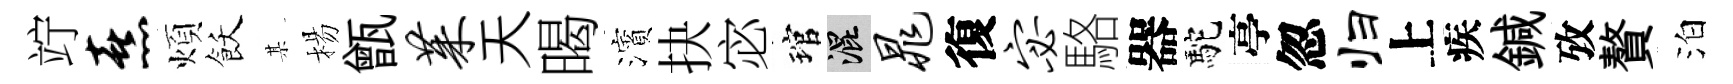
竚熹煩飫某楊甑茱天暍濱抉宓琯混晁復宓駱器駝亭忽归上疾鍼攷贅泊